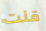
قلت